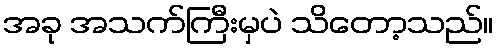
အခု အသက်ကြီးမှပဲ သိတော့သည်။